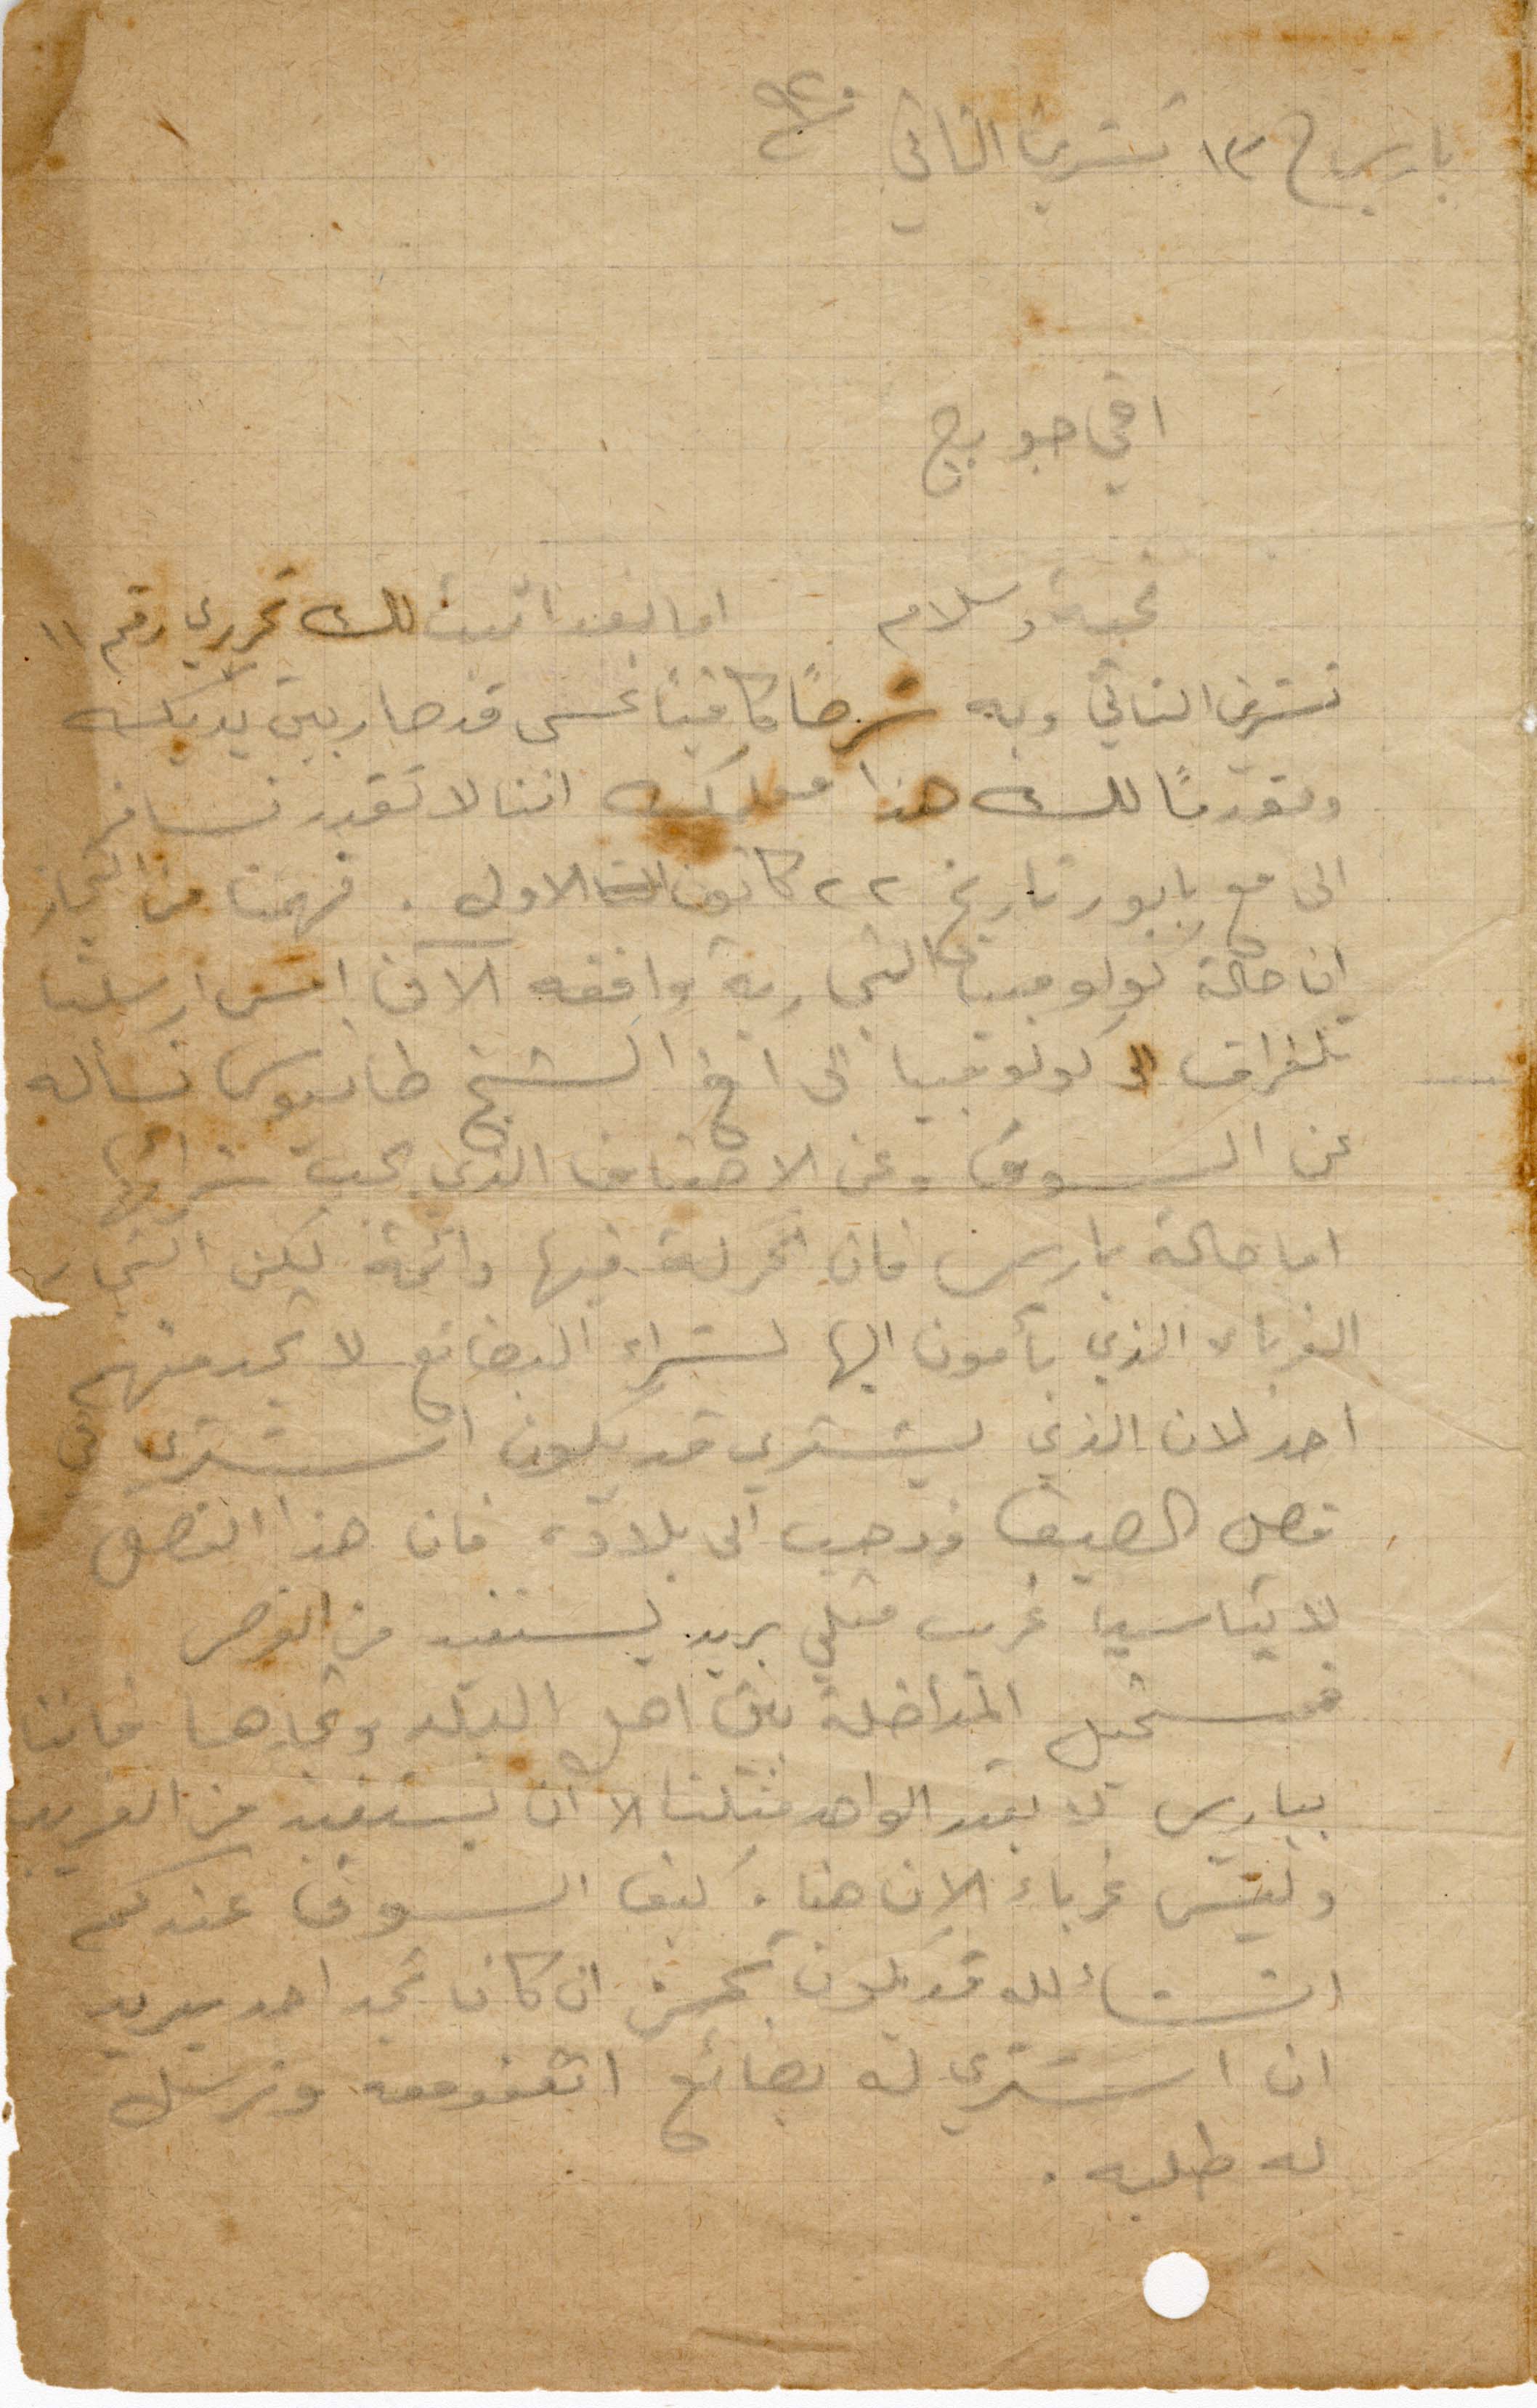
باريس في ١٣ تشرين الثاني ١٩٢٠
اخي جورج
تحية سلام. اما بعد اثبت لك تحريري رقم ١١
تشرين الثاني وبه شرحًا كافيًا عسى قد صار بين يديك
ومقدمًأ لك هذا مملك اننا لا تقدر نسافر
الى مع بابور تاريخ ٢٢ كانون الأول. فهمنا من التجار
ان حالة كولومبيا التجارية واقفة الآن امس مرسيليا
تلغراف الى كولومبيا الى اخ الشيخ طانيوس تسأله
عن السوق وعن الأصناف التي كسب شرائها
اما حالة باريس فان الحركة فيها دائمة لكن التجار
الغرباء الذي يأتون اليها لشراء البضائع لا تجدهم
احد لان الذي يشتري قد يكون اشترى في
فصل الصيف وذهب الى بلاده فان هذا الفصل
لا تناسب غريب متلي يريد لنفسه من الفرص
فمستحيل المداخله بين اهل البلد وتجارها فاننا
بباريس لا يقدر الواحد مثلنا الا ان يستفيد من الغريب
وليس غرباء الان هنا. كيف السوق عندكم
انشالله قد يكون تحسن ان كان تجد احد يريد
ان اشتري له بضائع اتفق معه ونرسل
له طلبه.